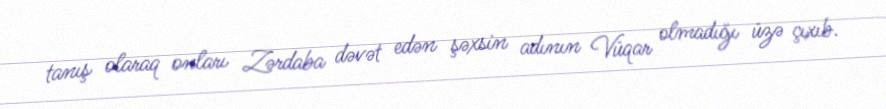
tanış olaraq onları Zərdaba dəvət edən şəxsin adının Vüqar olmadığı üzə çıxıb.